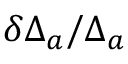
\delta \Delta _ { a } / \Delta _ { a }